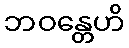
ဘဝန္တေဟိ